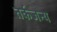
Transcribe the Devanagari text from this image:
तर्कजन्य